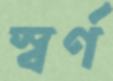
স্বর্ণ